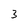
Character: 3